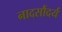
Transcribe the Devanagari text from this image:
नादसौंदर्य